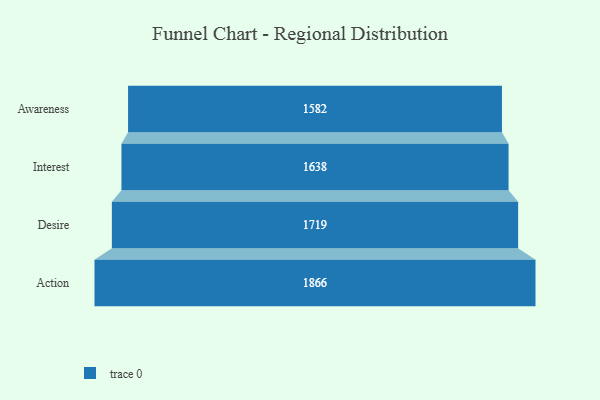
{"axis": {"x": "Stage", "y": "Value"}, "legend": [""], "data": [{"x": "Awareness", "y": 1582.0, "type": ""}, {"x": "Interest", "y": 1638.0, "type": ""}, {"x": "Desire", "y": 1719.0, "type": ""}, {"x": "Action", "y": 1866.0, "type": ""}]}